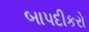
બાપદીકરો